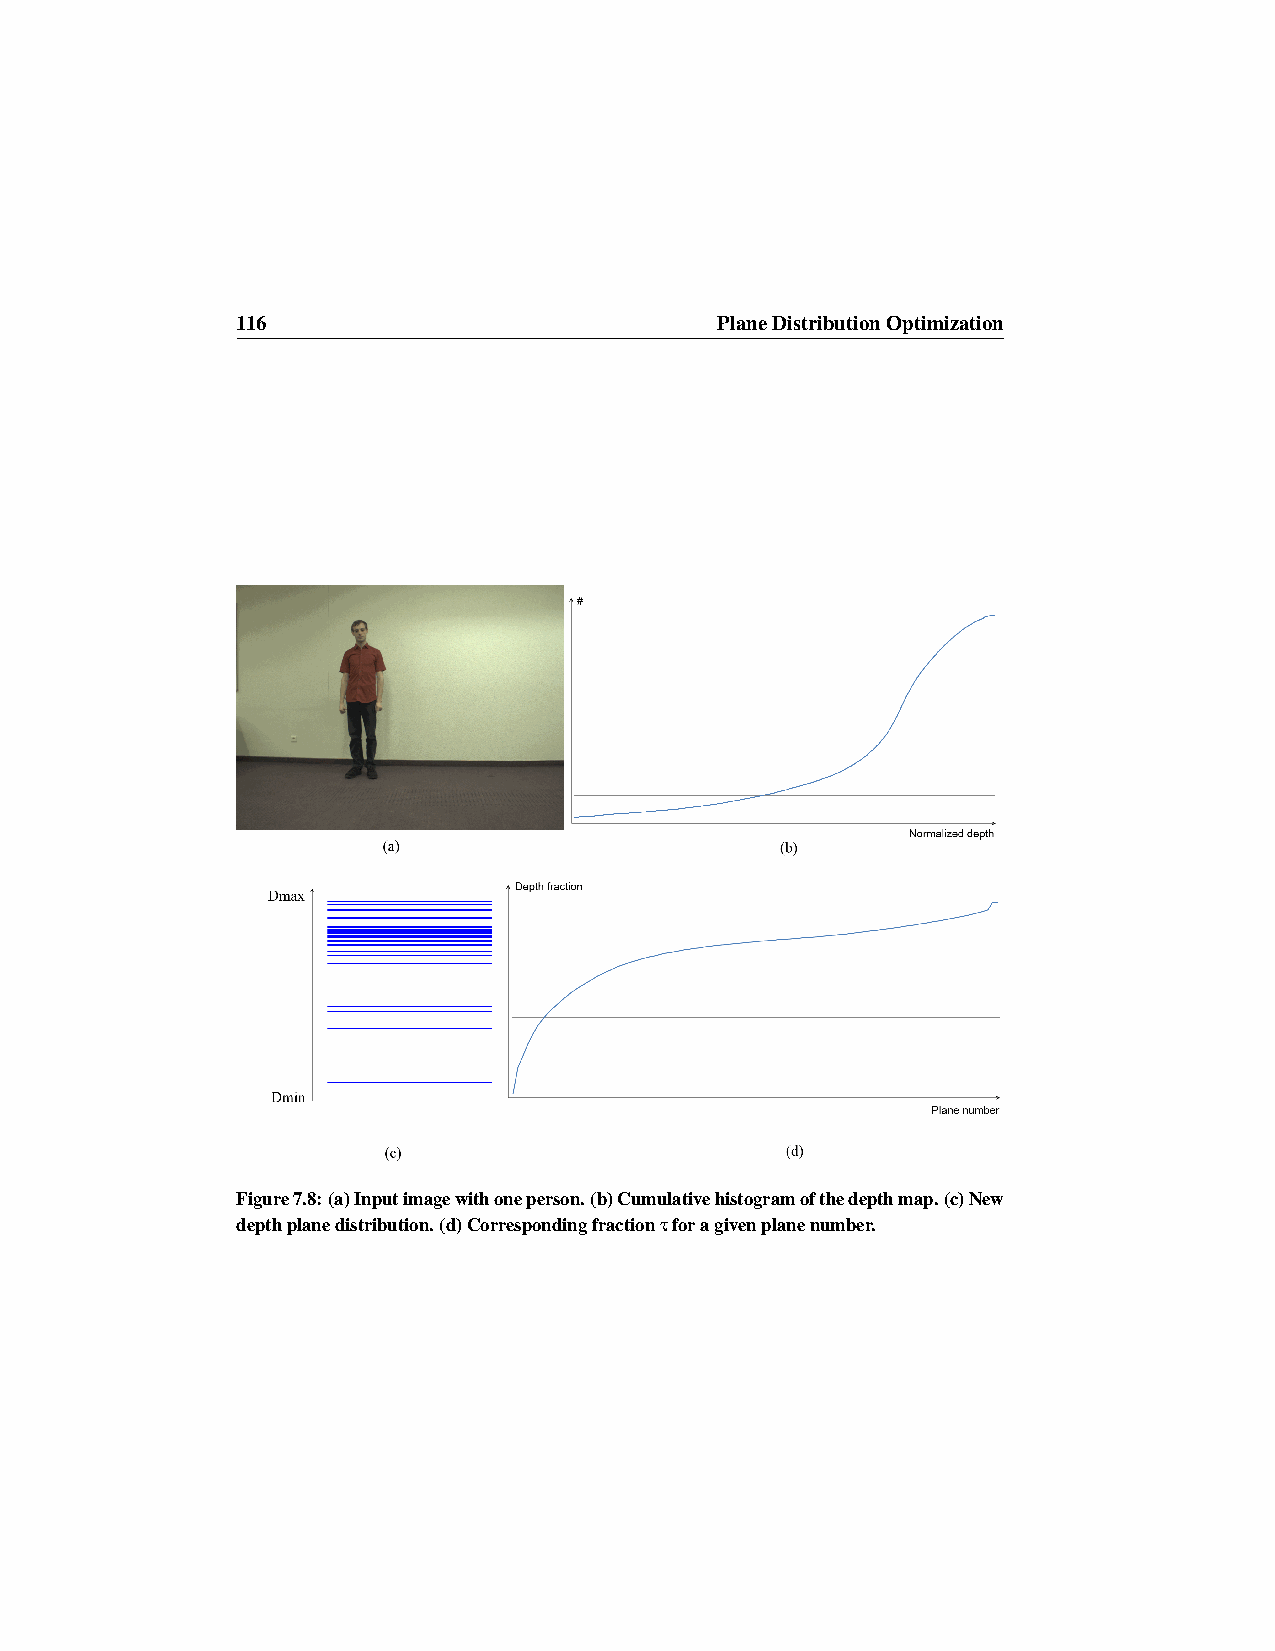
116                             PlaneDistributionOptimization
 Figure7.8:(a)Inputimagewithoneperson.(b)Cumulativehistogramofthedepthmap.(c)New
 depthplanedistribution.(d)Correspondingfractionτforagivenplanenumber.